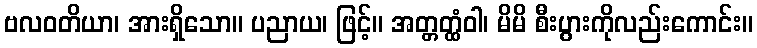
ဗလဝတိယာ၊ အားရှိသော။ ပညာယ၊ ဖြင့်။ အတ္တတ္ထံဝါ၊ မိမိ စီးပွားကိုလည်းကောင်း။